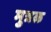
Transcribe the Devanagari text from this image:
मुत्रळ